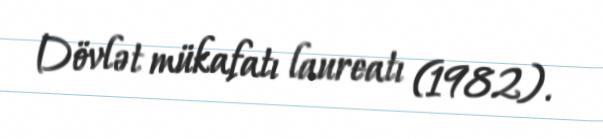
Dövlət mükafatı laureatı (1982).